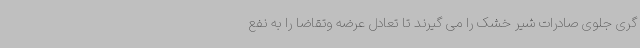
گری جلوی صادرات شیر خشک را می گیرند تا تعادل عرضه وتقاضا را به نفع